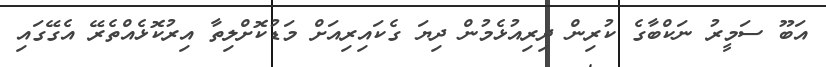
އަބޫ ސަމީރު ނަކްބާގެ ކުރިން ދިރިއުޅެމުން ދިޔަ ގެކައިރިއަށް މަޑުކޮށްލިތާ އިރުކޮޅެއްތެރޭ އެގޭގައި